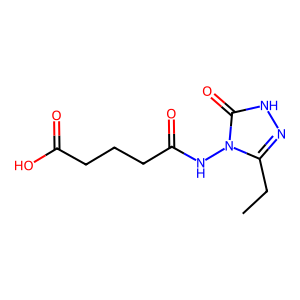
SMILES: CCc1n[nH]c(=O)n1NC(=O)CCCC(=O)O
Inhibits HIV replication: No